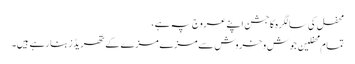
محفل کی سالگرہ کاجشن اپنے عروج پہ ہے ،
تمام محفلین جوش و خروش سے مزے مزے کے تھریڈز بنا رہے ہیں۔